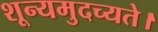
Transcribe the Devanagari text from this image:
शून्यमुदच्यते।